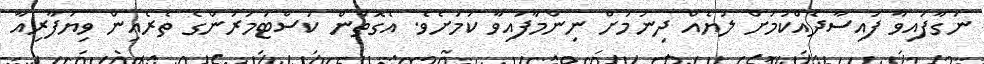
ނަގާފައިވާ ފައިސާދެއްކުމަށް ލުޔެއް ދިނުމަށް ނިންމާފައިވާ ކަމަށެވެ. އެގޮތުން ކަސްޓަމަރުންގެ ތެރެއިން ވިޔަފާރިއާ